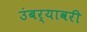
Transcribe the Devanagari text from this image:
उंबर्‍यावरी